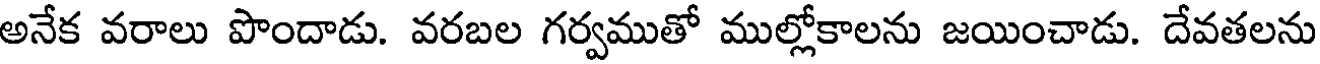
అనేక వరాలు పొందాడు. వరబల గర్వముతో ముల్లోకాలను జయించాడు. దేవతలను